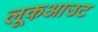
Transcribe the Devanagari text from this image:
लूकआउट